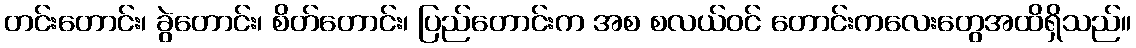
တင်းတောင်း၊ ခွဲတောင်း၊ စိတ်တောင်း၊ ပြည်တောင်းက အစ စလယ်ဝင် တောင်းကလေးတွေအထိရှိသည်။